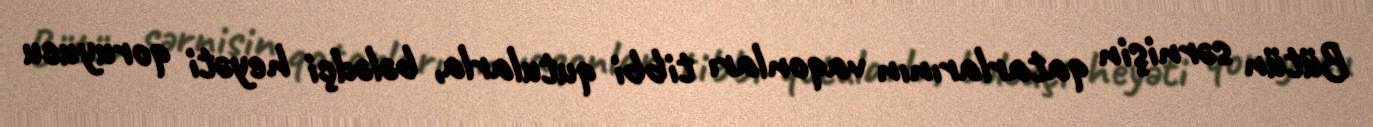
Bütün sərnişin qatarlarının vaqonları tibbi qutularla, bələdçi heyəti qoruyucu